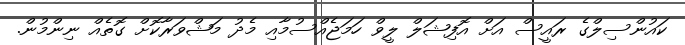
ކައުންސިލްގެ ރައީސް އަށް އޮފިޝަލް ލީވް ހަމަޖެއްސުމާއި މެދު މަޝްވަރާކޮށް ގޮތެއް ނިންމުން.